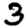
Digit: 3